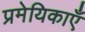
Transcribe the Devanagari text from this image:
प्रमेयिकाएँ